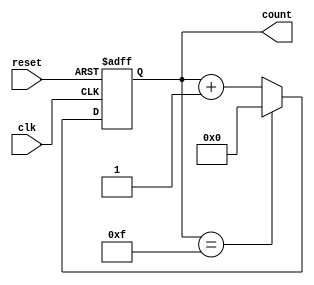
module binary_counter (
    input clk,
    input reset,
    output reg [3:0] count
);

always @(posedge clk or posedge reset) begin
    if (reset) begin
        count <= 4'b0000;
    end else begin
        if (count == 4'b1111) begin
            count <= 4'b0000;
        end else begin
            count <= count + 1;
        end
    end
end

endmodule